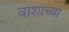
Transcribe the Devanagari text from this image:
वाशाच्या